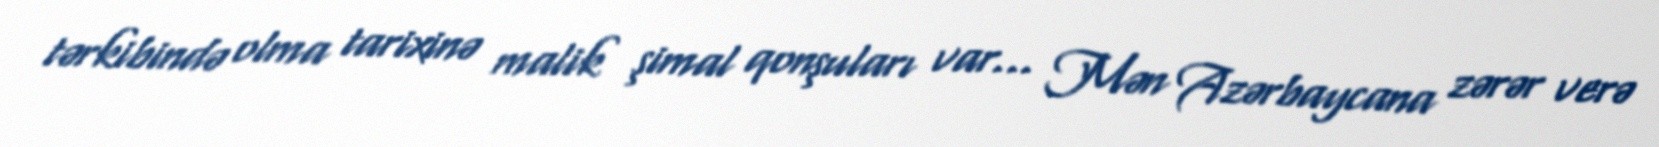
tərkibində olma tarixinə malik şimal qonşuları var... Mən Azərbaycana zərər verə